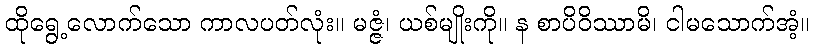
ထိုရွေ့လောက်သော ကာလပတ်လုံး။ မဇ္ဇံ၊ ယစ်မျိုးကို။ န စာပိဝိဿာမိ၊ ငါမသောက်အံ့။